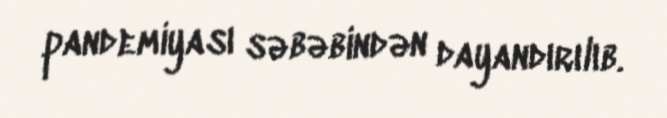
pandemiyası səbəbindən dayandırılıb.